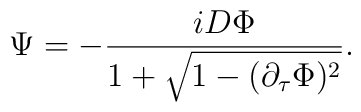
\Psi=-{{iD\Phi}\over{1+\sqrt{1-(\partial_\tau \Phi)^2}}}.